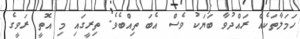
ހަމަލާތަކެއް ރައްދުވާ ބަޔަކު ވެސް އެބަ ތިއްބެވެ. ތިރީގައި މި އޮތީ ރަވީގެ